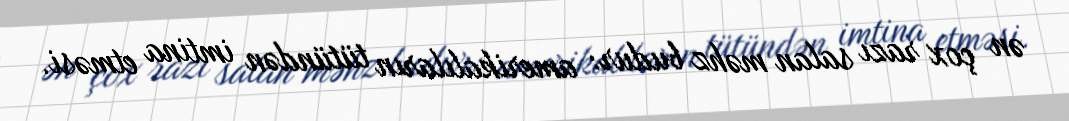
ən çox razı salan məhz budur: amerikalıların tütündən imtina etməsi.